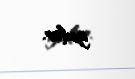
gedər.